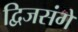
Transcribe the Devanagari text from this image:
द्विजसंगें